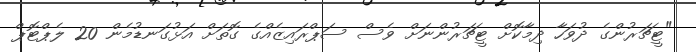
"ޓީޗަރުންގެ ދުވަހާ ދިމާކޮށް ޓީޗަރުންނަށް ވެސް ސަޕްރައިޒެއްގެ ގޮތަށް އަޅުގަނޑުމެން 20 ލެޕްޓޮޕް